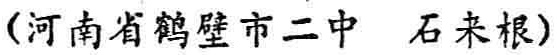
（河南省鹤壁市二中 石来根）